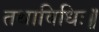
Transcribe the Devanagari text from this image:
तथाविधिः॥